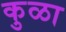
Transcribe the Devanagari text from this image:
कुळा